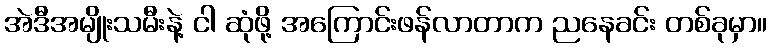
အဲဒီအမျိုးသမီးနဲ့ ငါ ဆုံဖို့ အကြောင်းဖန်လာတာက ညနေခင်း တစ်ခုမှာ။